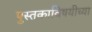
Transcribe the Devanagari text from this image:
पुस्तकाविषयीच्या